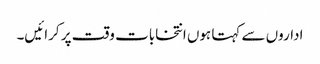
اداروں سے کہتا ہوں انتخابات وقت پر کرائیں۔